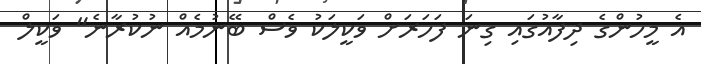
އެ މީހުންގެ ދިފާއުގައި ގިނަ ފަހަރަށް ވަކީލަކު ވެސް ބޭނުމެއް ނުކުރާނެ" ވަކީލް